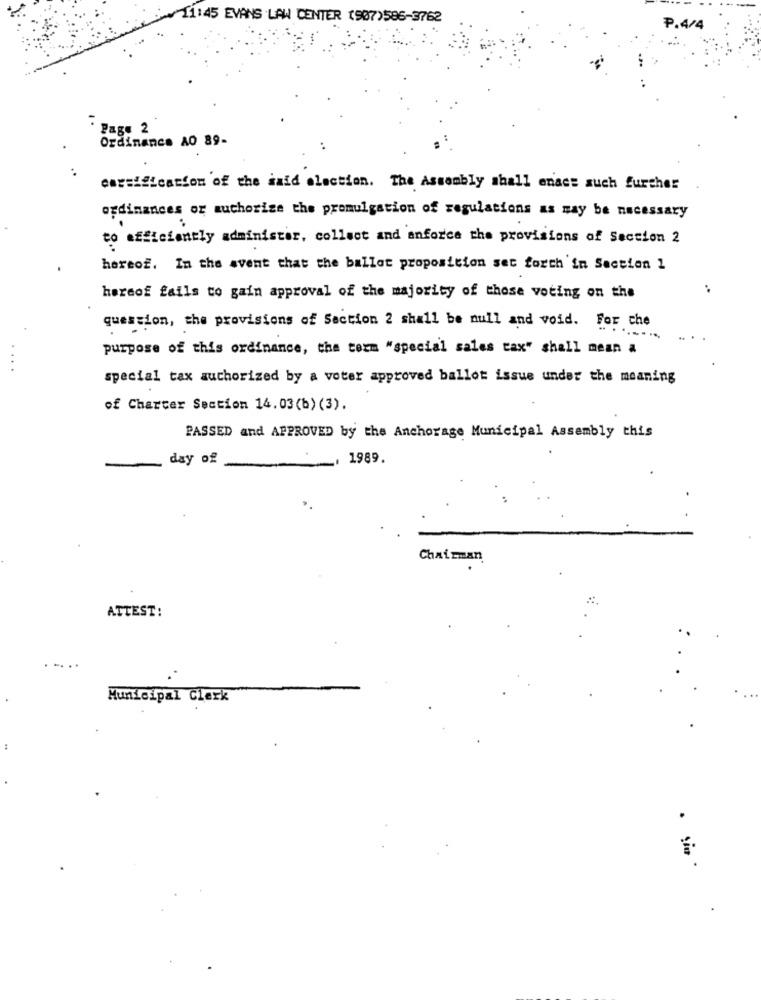
11:45 EVANS LAW CENTER (907)586-3762
.4/4
Page 2
Ordinance AO 89-
careification of the said election. The Assembly shall enact such further
ordinances or authorize the promulgation of regulations as may be necessary
to efficiently administer, collect and anforce the provisions of Section 2
hereof. In the event that the ballot proposition set forth'in Section 1
hereof fails to gain approval of the majority of those voting on the
question, the provisions of Section 2 shall be null and void. For che
...
purpose of this ordinance, the term "special sales tax" shall mean a
...
special tax authorized by a voter approved ballot issue under the meaning
of Charter Section 14.03(b) (3).
PASSED and APPROVED by the Anchorage Municipal Assembly this
day of
1989
Chairman
ATTEST:
Municipal Clerk